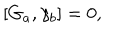
LaTeX: \left[ G _ { a } , \gamma _ { b } \right] = 0 ,